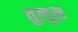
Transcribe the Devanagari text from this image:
तुलूस